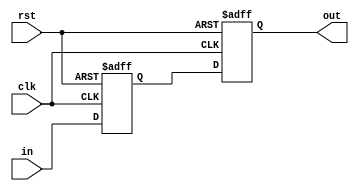

// time scale
`timescale 1ns/1ps

// no undeclared nets
//`default_nettype none

module ClkCycleDelay_negedge(
        
        //---------------------------------------------------------------------------
        //  ports
        //---------------------------------------------------------------------------
        rst,
        clk,
        in,
        out
        //---------------------------------------------------------------------------        

    );
    parameter Width = 1;
	parameter DelayCycles = 2;

    //-----------------------------------------------------------------------------------
    //   I/O Wires
    //-----------------------------------------------------------------------------------
    input wire                                  rst;
    input wire                                  clk;
    input wire  [Width-1:0]                     in;
    output wire [Width-1:0]                     out;

	
    //-----------------------------------------------------------------------------------
    //  Genvars
    //-----------------------------------------------------------------------------------
    genvar i;
    //-----------------------------------------------------------------------------------
	
    //-----------------------------------------------------------------------------------
    //   Wires
    //-----------------------------------------------------------------------------------
    reg [Width-1:0] delayed_signal [0:DelayCycles];

    //-----------------------------------------------------------------------------------

    //-----------------------------------------------------------------------------------
    //   Assigns
    //-----------------------------------------------------------------------------------
    assign out = delayed_signal[DelayCycles];

    //-----------------------------------------------------------------------------------

    //-----------------------------------------------------------------------------------
    //    Flops
    //-----------------------------------------------------------------------------------
    always @(*) begin
        delayed_signal[0] <= in;
    end

    generate for (i = 1; i <= DelayCycles; i = i + 1) begin: delay_cycle_gen
        always @(negedge clk or posedge rst) begin
            if (rst) begin
                delayed_signal[i] <= {Width{1'b0}};
            end else begin
                delayed_signal[i] <= delayed_signal[i-1];
            end
        end
    end endgenerate

endmodule